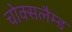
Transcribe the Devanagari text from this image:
चोक्सलैम्ड